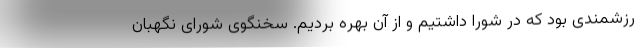
رزشمندی بود که در شورا داشتیم و از آن بهره بردیم. سخنگوی شورای نگهبان